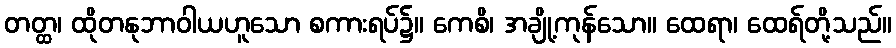
တတ္ထ၊ ထိုတနုဘာဝါယဟူသော စကားရပ်၌။ ကေစိ၊ အချို့ကုန်သော။ ထေရာ၊ ထေရ်တို့သည်။